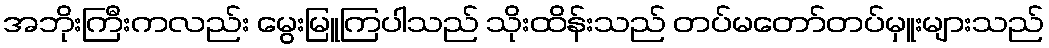
အဘိုးကြီးကလည်း မွေးမြူကြပါသည် သိုးထိန်းသည် တပ်မတော်တပ်မှူးများသည်